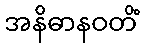
အနိဓာနဝတိံ